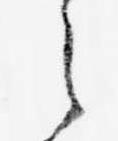
之